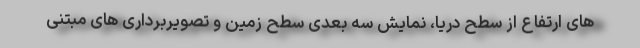
های ارتفاع از سطح دریا، نمایش سه بعدی سطح زمین و تصویربرداری های مبتنی